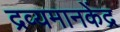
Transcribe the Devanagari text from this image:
द्रव्यमानकेंद्र